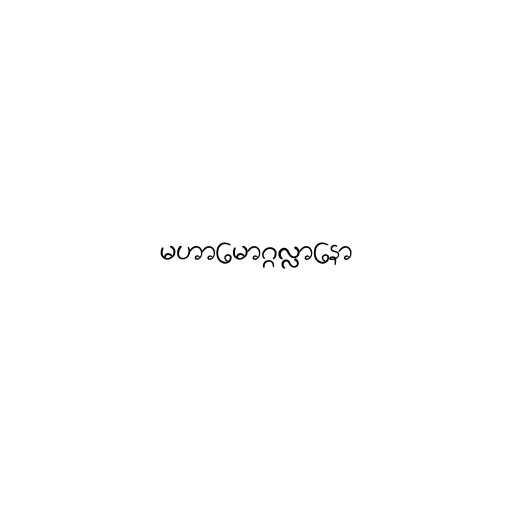
မဟာမောဂ္ဂလ္လာနော